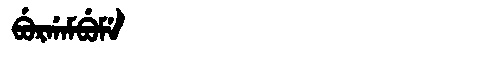
Manchu: ᠪᡠᡵᡤᠠᠮᠪᡠᠮᡝ
Romanization: BURGAMBUME